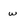
Character: w